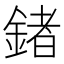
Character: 鍺